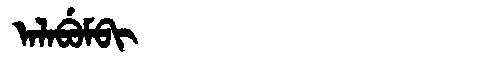
Manchu: ᠠᠯᠠᠪᡠᠮᠪᡳ
Romanization: ALABUMBI